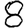
Digit: 8